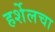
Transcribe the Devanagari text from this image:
हर्शेलचा